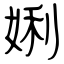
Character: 娳